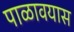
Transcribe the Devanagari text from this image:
पाळावयास